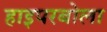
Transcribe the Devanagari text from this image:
हाइपरबोला